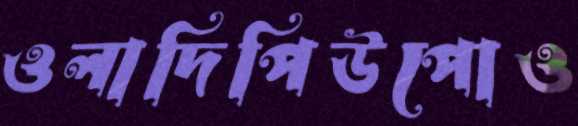
ওলাদিপিউপোও